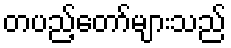
တပည့်တော်များသည်